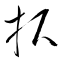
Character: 択